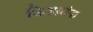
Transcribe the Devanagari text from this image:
किडय़ांना